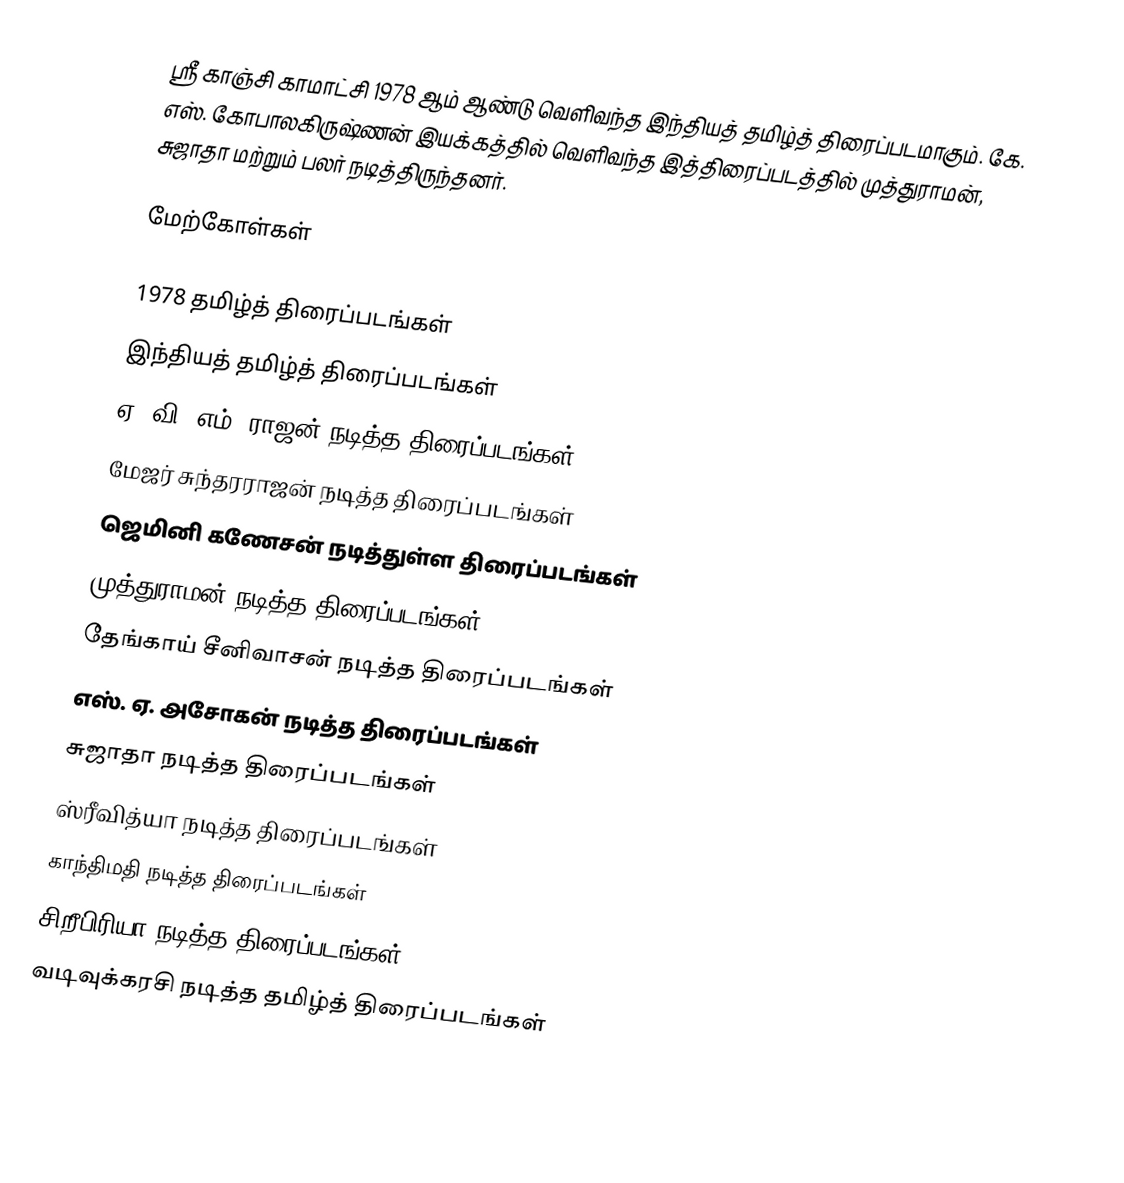
ஸ்ரீ காஞ்சி காமாட்சி 1978 ஆம் ஆண்டு வெளிவந்த இந்தியத் தமிழ்த் திரைப்படமாகும். கே. எஸ். கோபாலகிருஷ்ணன் இயக்கத்தில் வெளிவந்த இத்திரைப்படத்தில் முத்துராமன், சுஜாதா மற்றும் பலர் நடித்திருந்தனர்.

மேற்கோள்கள்

1978 தமிழ்த் திரைப்படங்கள்
இந்தியத் தமிழ்த் திரைப்படங்கள்
ஏ. வி. எம். ராஜன் நடித்த திரைப்படங்கள்
மேஜர் சுந்தரராஜன் நடித்த திரைப்படங்கள்
ஜெமினி கணேசன் நடித்துள்ள திரைப்படங்கள்
முத்துராமன் நடித்த திரைப்படங்கள்
தேங்காய் சீனிவாசன் நடித்த திரைப்படங்கள்
எஸ். ஏ. அசோகன் நடித்த திரைப்படங்கள்
சுஜாதா நடித்த திரைப்படங்கள்
ஸ்ரீவித்யா நடித்த திரைப்படங்கள்
காந்திமதி நடித்த திரைப்படங்கள்
சிறீபிரியா நடித்த திரைப்படங்கள்
வடிவுக்கரசி நடித்த தமிழ்த் திரைப்படங்கள்